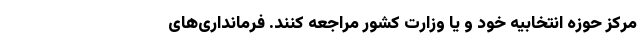
مرکز حوزه انتخابیه خود و یا وزارت کشور مراجعه کنند. فرمانداری‌های